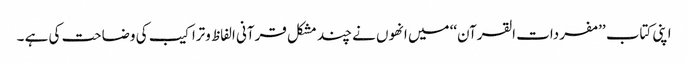
اپنی کتاب ’’مفردات القرآن‘‘ میں انھوں نے چند مشکل قرآنی الفاظ وتراکیب کی وضاحت کی ہے ۔